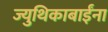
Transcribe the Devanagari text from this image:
ज्युथिकाबाईंना